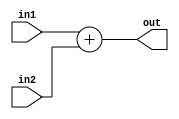
module add_3(in1, in2 , out);		
	output [15:0] out;
	input  [15:0] in1, in2;
	wire   [16:0] outTemp;
	assign outTemp = in1 + in2;
	assign out     = outTemp[15:0];
endmodule